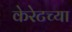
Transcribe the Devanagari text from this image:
केरेटच्या